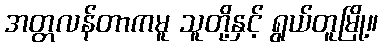
အတ္တလန်တာကမူ သူတို့နှင့် ရွယ်တူမြို့။